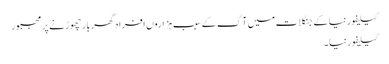
کیلیفورنیا کے جنگلات میں آگ کے سبب ہزاروں افراد گھر بار چھوڑنے پر مجبور
کیلیفورنیا ۔